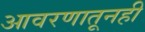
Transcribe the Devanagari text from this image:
आवरणातूनही